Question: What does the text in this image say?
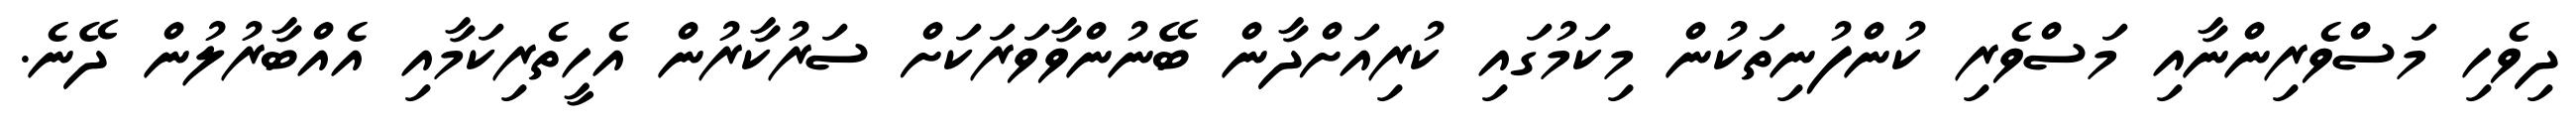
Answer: ދިވެހި މަސްވެރިންނާއި މަސްވެރި ކުންފުނިތަކުން މިކަމުގައި ކުރިއަށްދާން ބޭނުންވާވަރަކަށް ސަރުކާރުން އެހީތެރިކަމާއި އެއްބާރުލުން ދޭނެ.